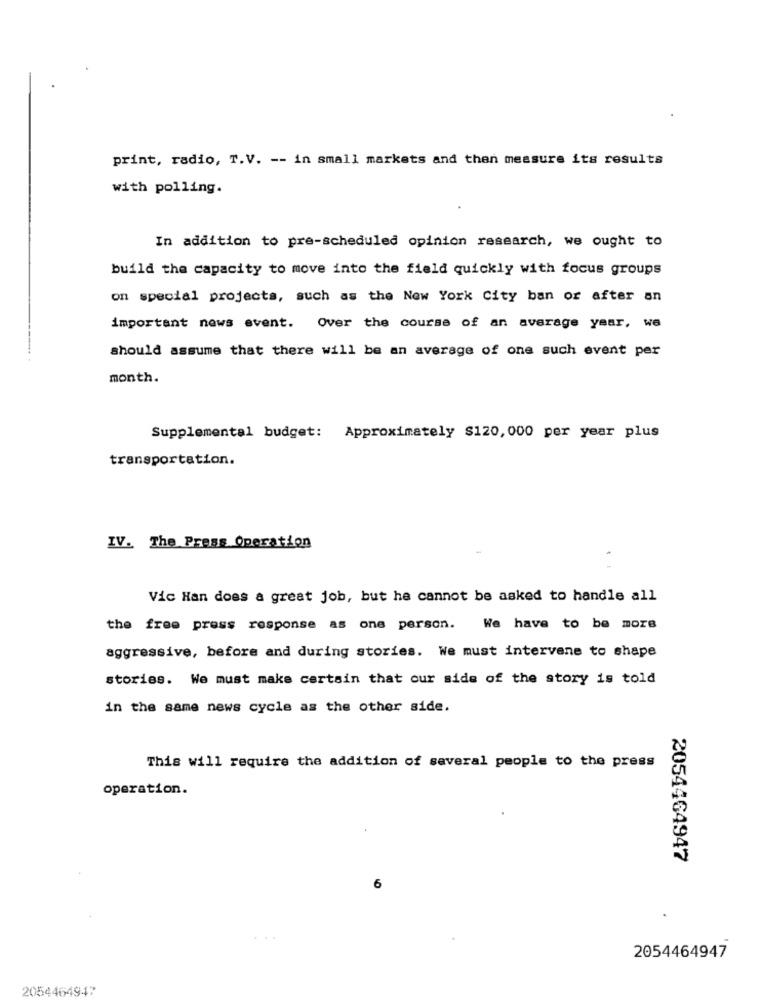
print, radio, T.V. -- in small markets and then measure its results
with polling.
In addition to pre-scheduled opinion research, we ought to
build the capacity to move into the field quickly with focus groups
on special projects, such as the New York City ban or after an
important news event. Over the course of an average year, we
should assume that there will be an average of one such event per
month.
Supplemental budget: Approximately $120, 000 per year plus
transportation.
IV. The Press Operation
Vic Han does a great job, but he cannot be asked to handle all
the free press response as one person. We have to be more
aggressive, before and during stories. We must intervene to shape
stories. We must make certain that our side of the story is told
in the same news cycle as the other side.
This will require the addition of several people to the press
operation.
2054464947
6
2054464947
2054464947